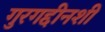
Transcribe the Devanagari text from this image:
गुरगद्दीनशीं